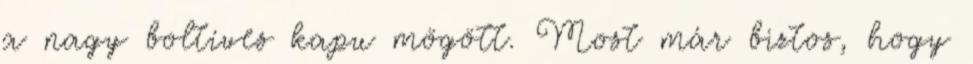
a nagy boltíves kapu mögött. Most már biztos, hogy